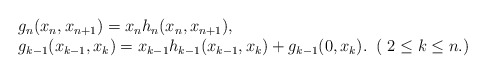
\begin{align*}\begin{array}{l}g_n(x_n,x_{n+1})=x_n h_n(x_n,x_{n+1}),\\g_{k-1}(x_{k-1},x_k)=x_{k-1}h_{k-1}(x_{k-1},x_k)+g_{k-1}(0,x_k).\;\;( \;2 \leq k \leq n.)\end{array}\end{align*}